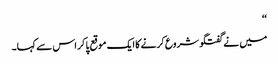
‘‘
میں نے گفتگو شروع کرنے کا ایک موقع پا کر اس سے کہا۔